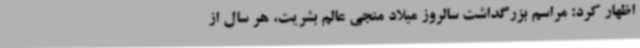
اظهار کرد: مراسم بزرگداشت سالروز میلاد منجی عالم بشریت، هر سال از